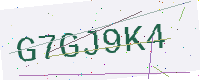
Text: G7GJ9K4